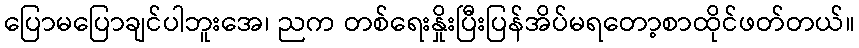
ပြောမပြောချင်ပါဘူးအေ၊ ညက တစ်ရေးနှိုးပြီးပြန်အိပ်မရတော့စာထိုင်ဖတ်တယ်။